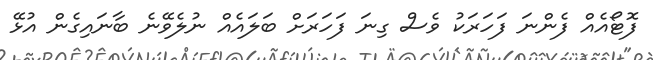
ފޮޓޯއެއް ފެންނަ ފަހަރަކު ވެސް ގިނަ ފަހަރަށް ބަލައެއް ނުލެވޭނެ ބާނައިގެން އުޅޭ